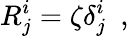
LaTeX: R_{j}^{i}=\zeta\delta_{j}^{i}\ \ ,